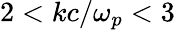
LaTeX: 2<kc/\omega_{p}<3